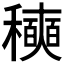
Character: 𰨾